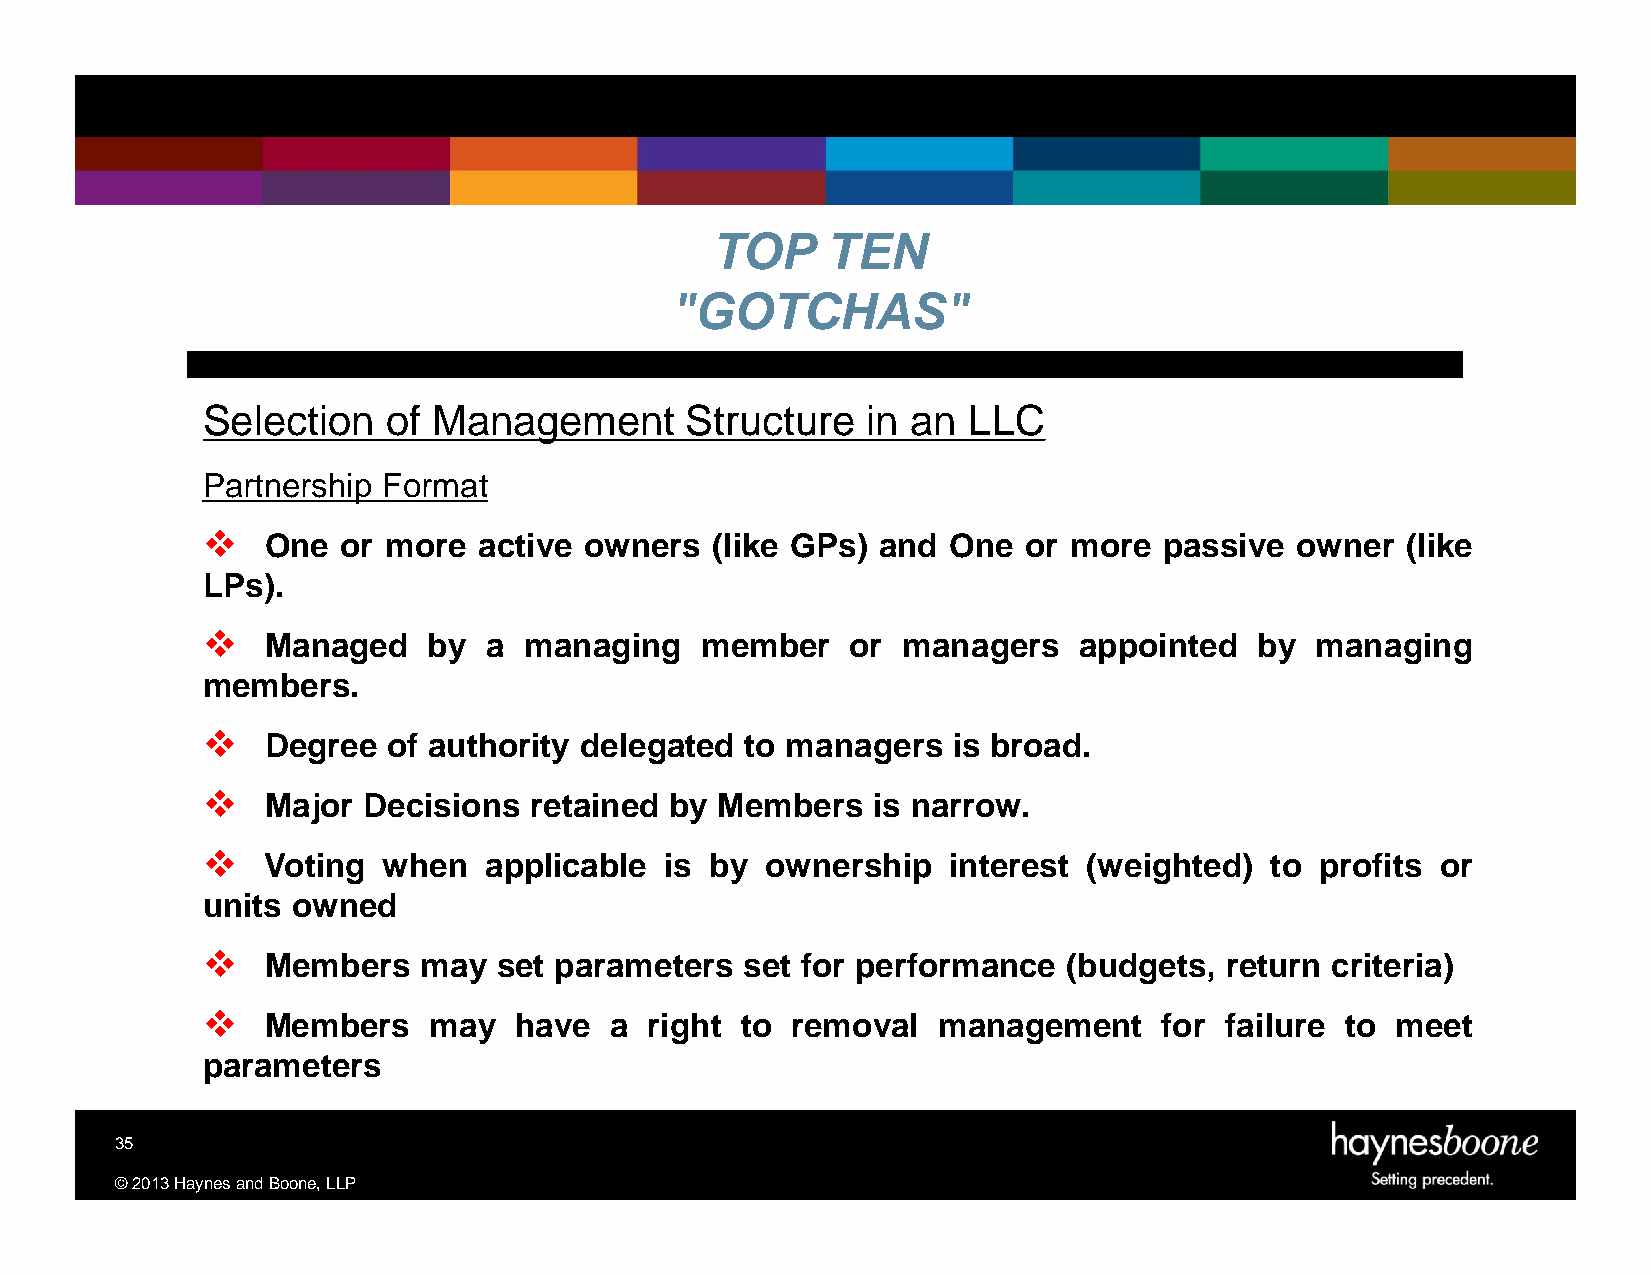
TOP     TEN
 "GOTCHAS"
 Selection    of Management      Structure   in an  LLC
 Partnership Format
     One  or more  active owners  (like GPs) and  One  or more  passive  owner  (like
 LPs).
     Managed   by  a  managing   member    or  managers   appointed   by  managing
 members.
     Degree  of authority delegated to managers   is broad.
     Major Decisions  retained by Members    is narrow.
    Voting  when   applicable  is by  ownership   interest (weighted)  to profits or
 units owned
     Members   may  set parameters  set for performance   (budgets, return criteria)
     Members   may   have  a  right to removal   management     for failure to meet
 parameters
 35
 ©2013HaynesandBoone,LLP